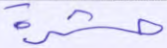
حشرة